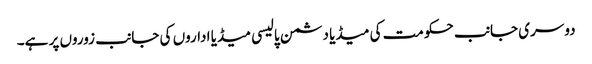
دوسری جانب حکومت کی میڈیا دشمن پالیسی میڈیا اداروں کی جانب زوروں پر ہے۔